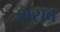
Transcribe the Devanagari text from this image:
शराव